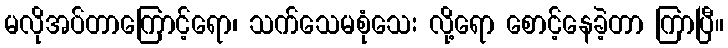
မလိုအပ်တာကြောင့်ရော၊ သက်သေမစုံသေး လို့ရော စောင့်နေခဲ့တာ ကြာပြီ။